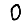
Digit: 0